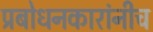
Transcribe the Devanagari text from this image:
प्रबोधनकारांनीच